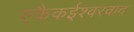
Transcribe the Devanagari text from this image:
एकैकईश्‍वरवाद